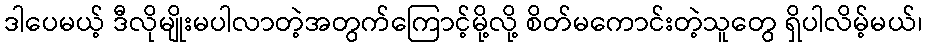
ဒါပေမယ့် ဒီလိုမျိုးမပါလာတဲ့အတွက်ကြောင့်မို့လို့ စိတ်မကောင်းတဲ့သူတွေ ရှိပါလိမ့်မယ်၊